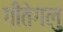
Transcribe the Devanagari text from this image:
गीतेगलु